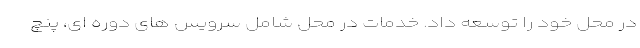
در محل خود را توسعه داد. خدمات در محل شامل سرویس های دوره ای، پنچ